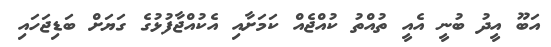
އަބޫ އީދު ބުނީ އެއީ ތުއްތު ކުއްޖެއް ކަމަށާއި އެކުއްޖާފުޅުގެ ގަޔަށް ބަޑިޖަހައި